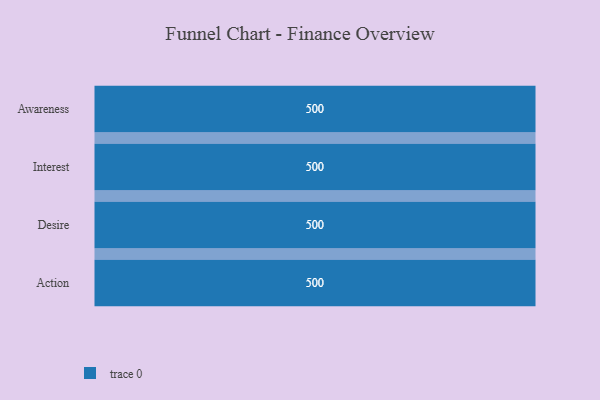
{"axis": {"x": "Stage", "y": "Value"}, "legend": [""], "data": [{"x": "Awareness", "y": 500, "type": ""}, {"x": "Interest", "y": 500, "type": ""}, {"x": "Desire", "y": 500, "type": ""}, {"x": "Action", "y": 500, "type": ""}]}